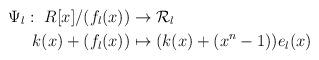
LaTeX: \begin{align*} \Psi_l:~R[x]/(f_l(x))&\rightarrow \mathcal {R}_l \\k(x)+(f_l(x))&\mapsto (k(x)+(x^n-1))e_l(x) \end{align*}